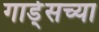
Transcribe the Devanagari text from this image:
गार्ड्‌सच्या